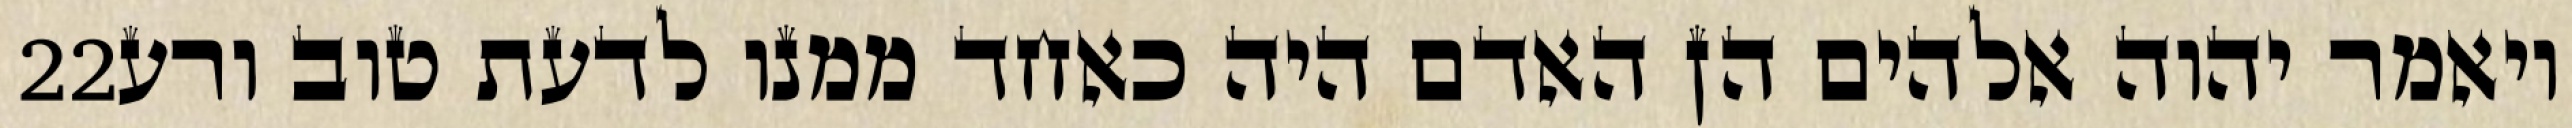
‎22‏ ויאמר יהוה אלהים הן האדם היה כאחד ממנו לדעת טוב ורע